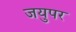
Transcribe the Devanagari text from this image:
जयुपर